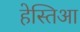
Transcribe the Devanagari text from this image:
हेस्तिआ